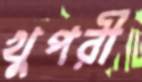
খুপরী